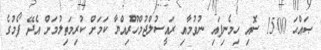
ޞައްޙަ 1500 ސޮއި ހިމެނިފައި ނުވުމާއި ރައީސުލްޖުމްހޫރިއްޔާ ކަމަށް ކުރިމަތިލުމަށް އެދޭ ފޯމުގެ